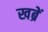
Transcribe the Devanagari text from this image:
खब्रें